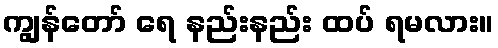
ကျွန်တော် ရေ နည်းနည်း ထပ် ရမလား။